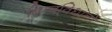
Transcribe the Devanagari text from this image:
बिम्बविधानों